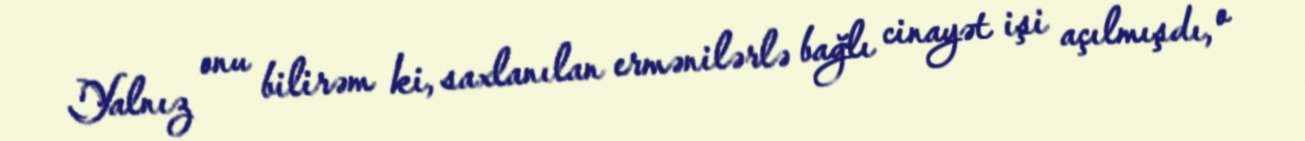
Yalnız onu bilirəm ki, saxlanılan ermənilərlə bağlı cinayət işi açılmışdı, o